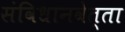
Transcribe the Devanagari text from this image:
संविधानवेत्ता